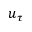
u _ { \tau }